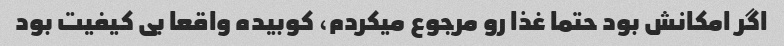
اگر امکانش بود حتما غذا رو مرجوع میکردم، کوبیده واقعا بی کیفیت بود